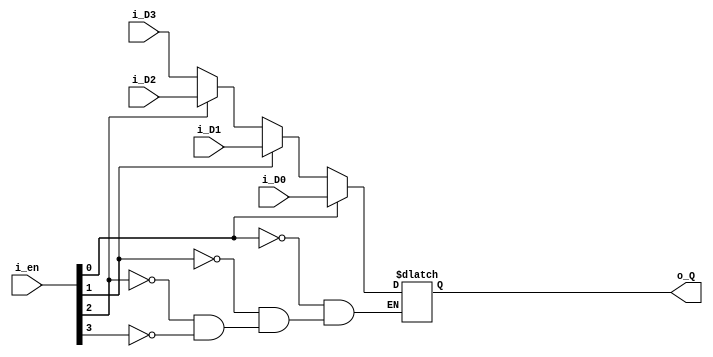
module mux4in1 #(parameter WIDHT=8) (input wire [3:0] i_en,
		input wire [WIDHT-1:0] i_D0,
		input wire [WIDHT-1:0] i_D1,
		input wire [WIDHT-1:0] i_D2,
		input wire [WIDHT-1:0] i_D3,
		output reg [WIDHT-1:0] o_Q);



always @(*)
begin

	case(1) 
		i_en[0]: o_Q <= i_D0;
		i_en[1]: o_Q <= i_D1;
		i_en[2]: o_Q <= i_D2;
		i_en[3]: o_Q <= i_D3;
	endcase

end


endmodule